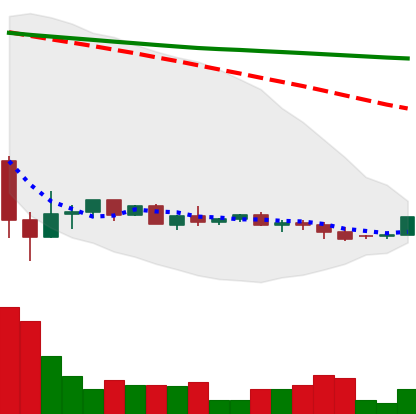
Ticker: XRP-USD
Chart end date: 2022-05-30
Forward return: -6.185%
Label: down_5_7